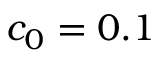
c _ { 0 } = 0 . 1